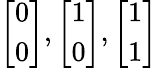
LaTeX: {\left[\begin{array}{l}{0}\\ {0}\end{array}\right]},{\left[\begin{array}{l}{1}\\ {0}\end{array}\right]},{\left[\begin{array}{l}{1}\\ {1}\end{array}\right]}